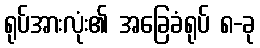
ရုပ်အားလုံး၏ အခြေခံရုပ် ၈-ခု